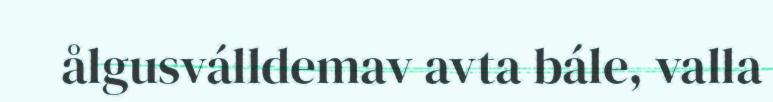
ålgusválldemav avta bále, valla